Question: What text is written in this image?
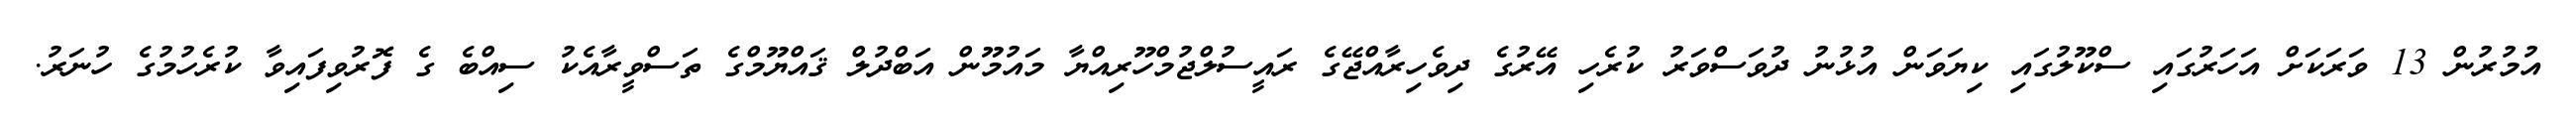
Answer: އުމުރުން 13 ވަރަކަށް އަހަރުގައި ސްކޫލުގައި ކިޔަވަން އުޅުނު ދުވަސްވަރު ކުރެހި އޭރުގެ ދިވެހިރާއްޖޭގެ ރައީސުލްޖުމްހޫރިއްޔާ މައުމޫން އަބްދުލް ޤައްޔޫމްގެ ތަސްވީރާއެކު ސިއްބެ ގެ ފޮރުވިފައިވާ ކުރެހުމުގެ ހުނަރު.